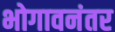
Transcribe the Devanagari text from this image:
भोगावनंतर